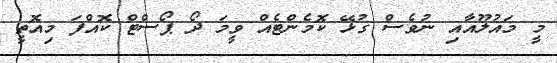
މީ މައުލޫއާއި ނުވެސް ގުޅޭ ކޮމެންޓެއް ވީމަ ދޯ ޕޯސްޓް ކޮއްފަ މިއޮތީ